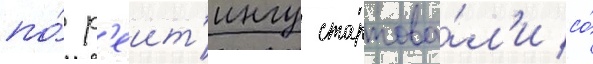
по́ р'еит'ингу стартова́л'и со́